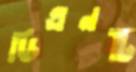
ডিএনটি